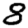
Digit: 8